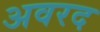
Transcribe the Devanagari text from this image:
अवरद